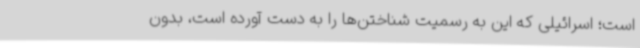
است؛ اسرائیلی که این به رسمیت شناختن‌ها را به دست آورده است، بدون